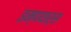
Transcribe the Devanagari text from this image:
इम्पयार्स